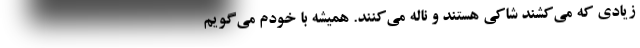
زیادی که می‌کشند شاکی هستند و ناله می‌کنند. همیشه با خودم می‌گویم